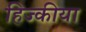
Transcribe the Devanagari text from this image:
हिज्कीया